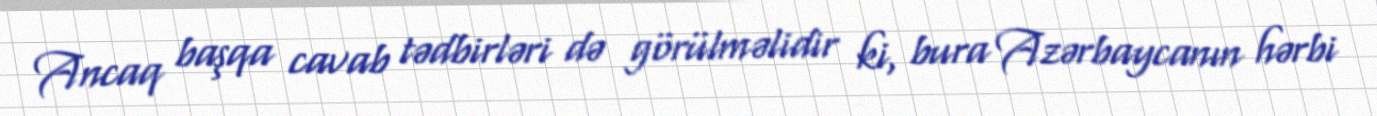
Ancaq başqa cavab tədbirləri də görülməlidir ki, bura Azərbaycanın hərbi